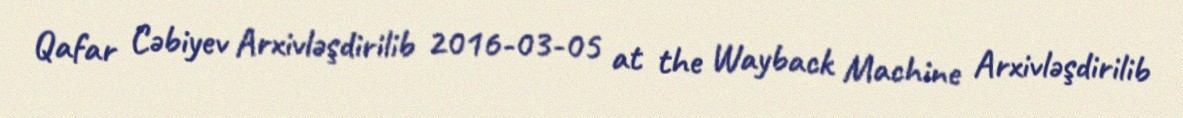
Qafar Cəbiyev Arxivləşdirilib 2016-03-05 at the Wayback Machine Arxivləşdirilib